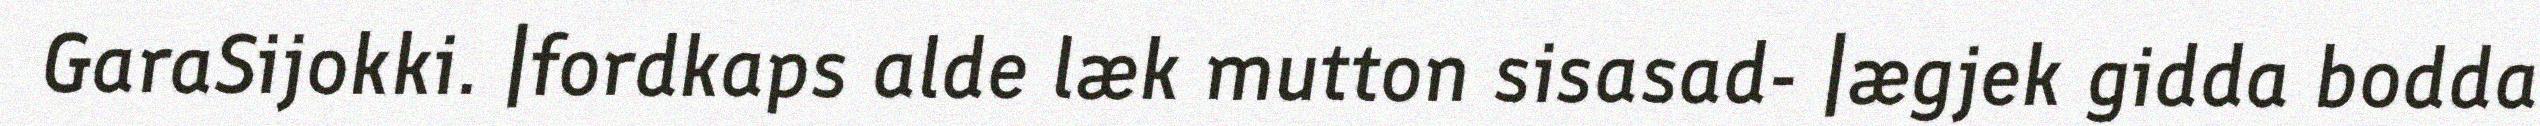
GaraSijokki. |fordkaps alde læk mutton sisasad- |ægjek gidda bodda